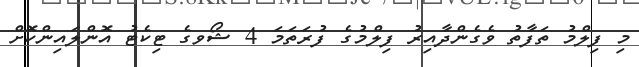
މި ފިލްމު ތަފާތު ވެގެންދާއިރު ފިލްމުގެ ފުރަތަމަ 4 ޝޯވގެ ޓިކެޓު އޮންލައިންކޮށް